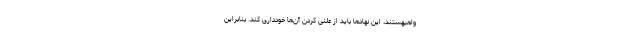
واهیهستند، این نهادها باید از علنی کردن آن‌ها خودداری کند. بنابراین